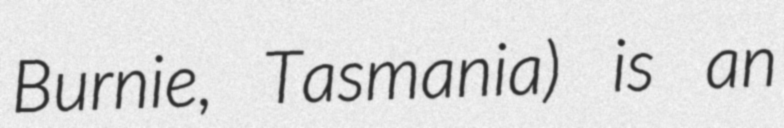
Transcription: Burnie, Tasmania) is an